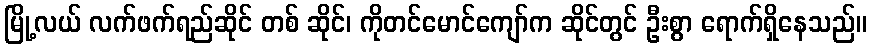
မြို့လယ် လက်ဖက်ရည်ဆိုင် တစ် ဆိုင်၊ ကိုတင်မောင်ကျော်က ဆိုင်တွင် ဦးစွာ ရောက်ရှိနေသည်။